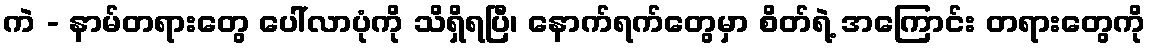
ကဲ - နာမ်တရားတွေ ပေါ်လာပုံကို သိရှိရပြီ၊ နောက်ရက်တွေမှာ စိတ်ရဲ့ အကြောင်း တရားတွေကို